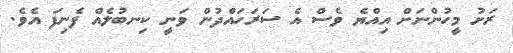
ރަށު މީހުންނަށް އިއްޔެ ވެސް އެ ސަރަހައްދުން ވަނީ ކިނބުލެއް ފެނިފަ އެވެ.